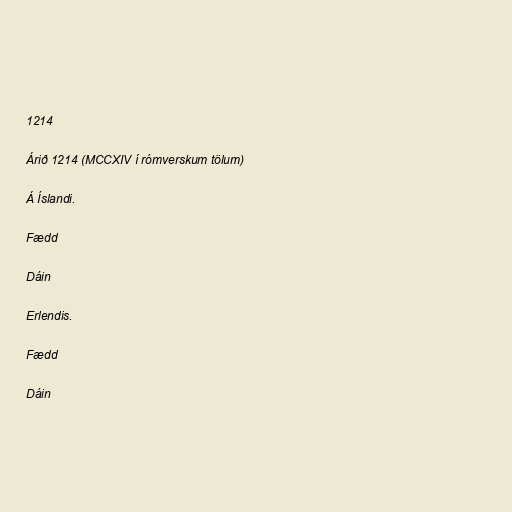
1214

Árið 1214 (MCCXIV í rómverskum tölum)

Á Íslandi.

Fædd

Dáin

Erlendis.

Fædd

Dáin